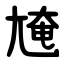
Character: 㞄